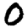
Digit: 0